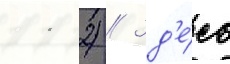
11 2) // Зд'е́сь